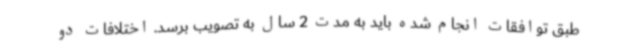
طبق توافقات انجام شده باید به مدت 2 سال به تصویب برسد. اختلافات دو